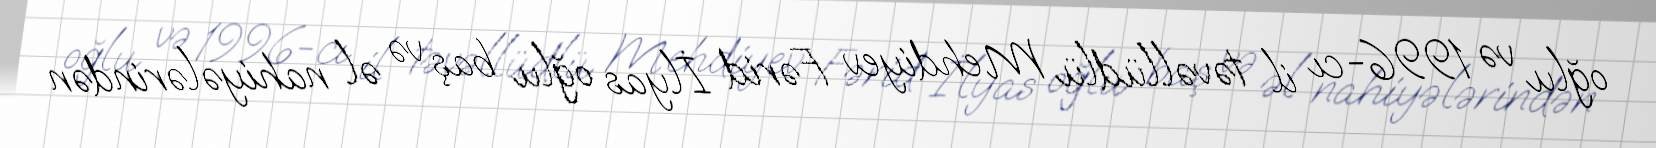
oğlu və 1996-cı il təvəllüdlü Mehdiyev Fərid İlyas oğlu baş və əl nahiyələrindən